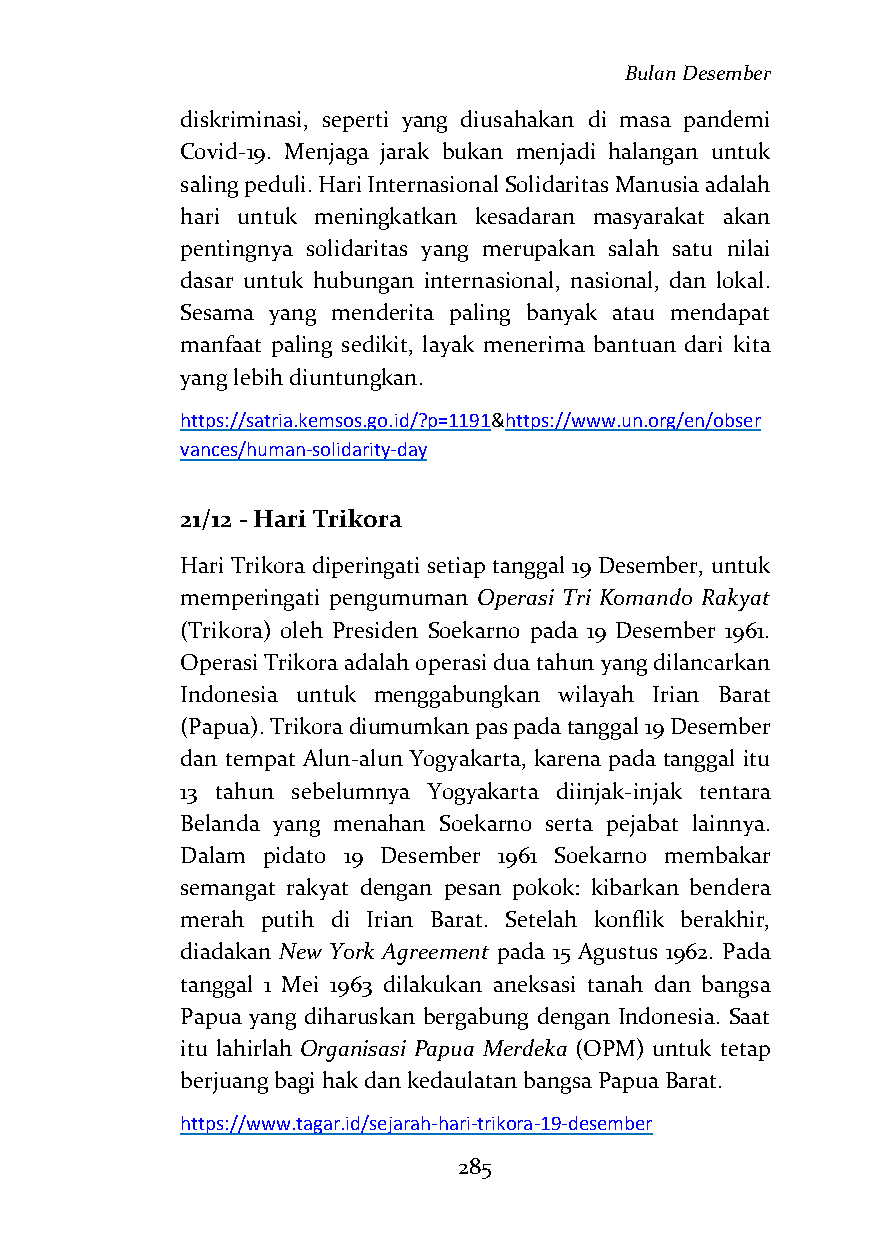
Bulan Desember
 diskriminasi, seperti yang diusahakan di masa pandemi
 Covid-19. Menjaga jarak bukan menjadi halangan untuk
 saling peduli. Hari Internasional Solidaritas Manusia adalah
 hari untuk meningkatkan kesadaran masyarakat akan
 pentingnya solidaritas yang merupakan salah satu nilai
 dasar untuk hubungan internasional, nasional, dan lokal.
 Sesama yang menderita paling banyak atau mendapat
 manfaat paling sedikit, layak menerima bantuan dari kita
 yang lebih diuntungkan.
 https://satria.kemsos.go.id/?p=1191&https://www.un.org/en/obser
 vances/human-solidarity-day
 21/12 - Hari Trikora
 Hari Trikora diperingati setiap tanggal 19 Desember, untuk
 memperingati pengumuman Operasi Tri Komando Rakyat
 (Trikora) oleh Presiden Soekarno pada 19 Desember 1961.
 Operasi Trikora adalah operasi dua tahun yang dilancarkan
 Indonesia untuk menggabungkan wilayah Irian Barat
 (Papua). Trikora diumumkan pas pada tanggal 19 Desember
 dan tempat Alun-alun Yogyakarta, karena pada tanggal itu
 13 tahun sebelumnya Yogyakarta diinjak-injak tentara
 Belanda yang menahan Soekarno serta pejabat lainnya.
 Dalam pidato 19 Desember 1961 Soekarno membakar
 semangat rakyat dengan pesan pokok: kibarkan bendera
 merah putih di Irian Barat. Setelah konflik berakhir,
 diadakan New York Agreement pada 15 Agustus 1962. Pada
 tanggal 1 Mei 1963 dilakukan aneksasi tanah dan bangsa
 Papua yang diharuskan bergabung dengan Indonesia. Saat
 itu lahirlah Organisasi Papua Merdeka (OPM) untuk tetap
 berjuang bagi hak dan kedaulatan bangsa Papua Barat.
 https://www.tagar.id/sejarah-hari-trikora-19-desember
 285